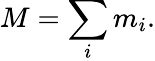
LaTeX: M=\sum_{i}m_{i}.